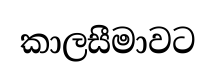
කාලසීමාවට